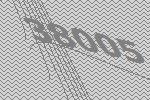
38005